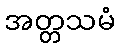
အတ္တသမံ